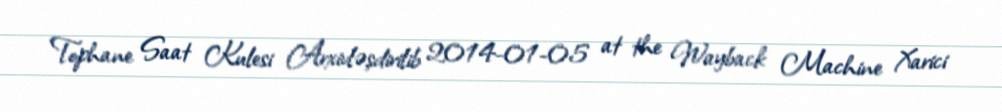
Tophane Saat Kulesi Arxivləşdirilib 2014-01-05 at the Wayback Machine Xarici